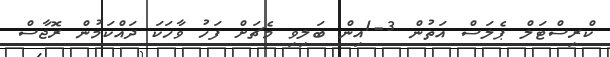
ކްރިސްޓަލް ޕެލަސް އަތުން 3-1އިން ބަލިވި މެޗަށް ފަހު ވާހަކަ ދައްކަމުން ރޮޖާސް